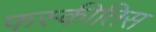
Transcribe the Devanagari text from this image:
फस्कीतिस